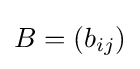
B=\left(b_{ij}\right)